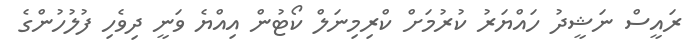
ރައީސް ނަޝީދު ހައްޔަރު ކުރުމަށް ކްރިމިނަލް ކޯޓުން އިއްޔެ ވަނީ ދިވެހި ފުލުހުންގެ